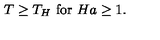
T \geq T _ { H } \ \mathrm { f o r } \ H a \geq 1 .